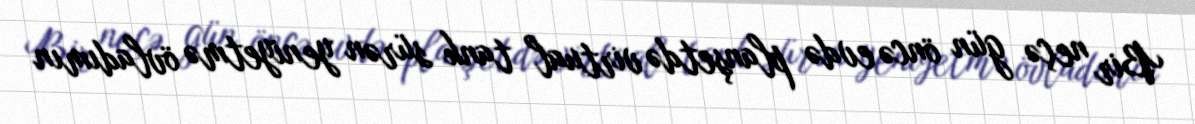
Bir neçə gün öncə evdə planşetdə virtual tank sürən yeniyetmə övladımın